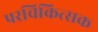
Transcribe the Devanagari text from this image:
परचिकित्सक